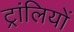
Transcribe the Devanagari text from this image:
ट्रांलियों